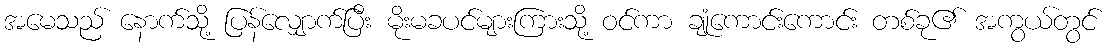
အမေသည် နောက်သို့ ပြန်လျှောက်ပြီး မိုးမခပင်များကြားသို့ ဝင်ကာ ချုံကောင်းကောင်း တစ်ခု၏ အကွယ်တွင်